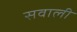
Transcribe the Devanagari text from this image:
सवाली